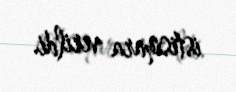
istismara verildi.